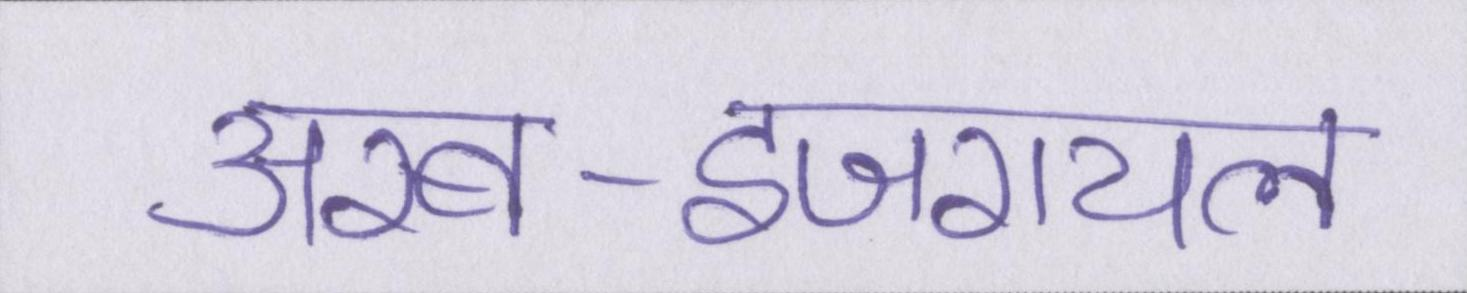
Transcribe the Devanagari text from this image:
अरब-इजरायल